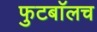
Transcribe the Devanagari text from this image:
फुटबाॅलच